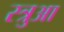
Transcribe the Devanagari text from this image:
स्त्रुआ